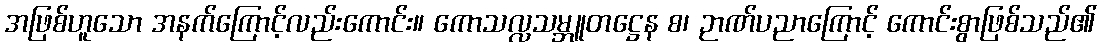
အဖြစ်ဟူသော အနက်ကြောင့်လည်းကောင်း။ ကောသလ္လသမ္ဘူတဋ္ဌေန စ၊ ဉာဏ်ပညာကြောင့် ကောင်းစွာဖြစ်သည်၏